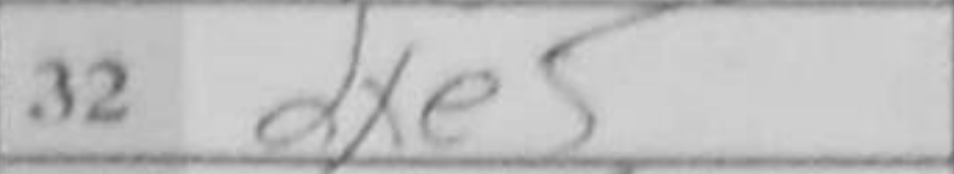
Transcription: dxe5